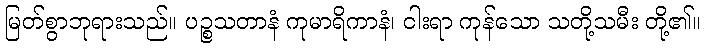
မြတ်စွာဘုရားသည်။ ပဉ္စသတာနံ ကုမာရိကာနံ၊ ငါးရာ ကုန်သော သတို့သမီး တို့၏။